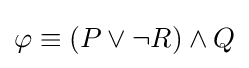
\varphi \equiv (P\lor \lnot R)\land Q